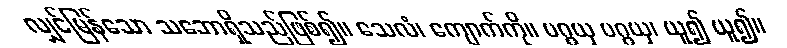
လျှင်မြန်သော သဘောရှိသည်ဖြစ်၍။ သေလံ၊ ကျောက်ကို။ ပဂ္ဂယှ ပဂ္ဂယှ၊ ယူ၍ ယူ၍။